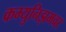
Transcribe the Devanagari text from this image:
कम्युनिझमवर